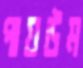
পায়উম